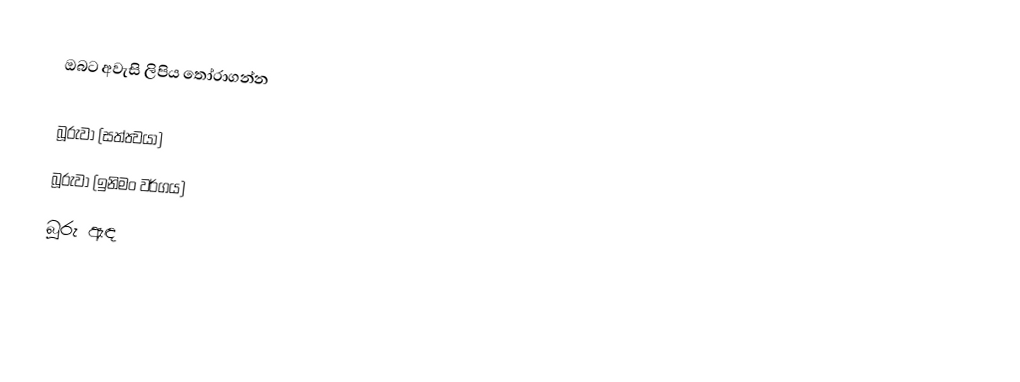
ඔබට අවැසි ලිපිය තෝරාගන්න

 බූරුවා (සත්ත්‍වයා)
  බූරුවා (ඉනිමං වර්ගය)
  බූරු ඇඳ